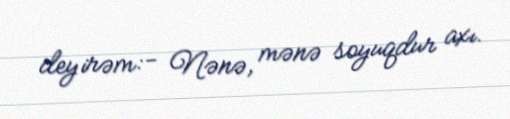
deyirəm:- Nənə, mənə soyuqdur axı.